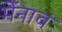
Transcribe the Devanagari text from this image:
मेंनाव